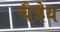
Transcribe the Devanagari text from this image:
चैत्रेय